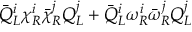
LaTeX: \bar { Q } _ { L } ^ { i } \chi _ { R } ^ { i } \bar { \chi } _ { R } ^ { j } Q _ { L } ^ { j } + \bar { Q } _ { L } ^ { i } \omega _ { R } ^ { i } \bar { \omega } _ { R } ^ { j } Q _ { L } ^ { j }